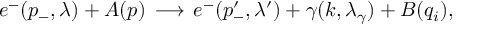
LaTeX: e ^ { - } ( p _ { - } , \lambda ) + A ( p ) \, \longrightarrow \, e ^ { - } ( p _ { - } ^ { \prime } , \lambda ^ { \prime } ) + \gamma ( k , \lambda _ { \gamma } ) + B ( q _ { i } ) ,